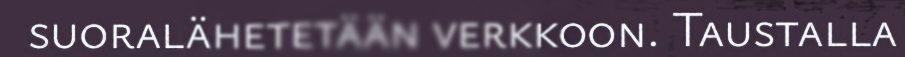
suoralähetetään verkkoon. Taustalla